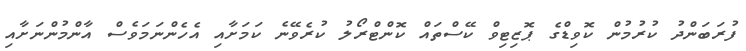
ފުރަބަންދު ކުރުމުން ކޮވިޑްގެ ޕޮޒިޓިވް ކޭސްތައް ކޮންޓްރޯލު ކުރެވޭނެ ކަމަށާއި އެހެންނަމަވެސް އާންމުންނަށާއި